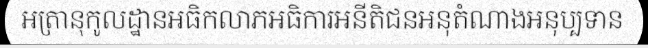
អត្រានុកូលដ្ឋានអធិកលាភអធិការអនីតិជនអនុតំណាងអនុប្បទាន